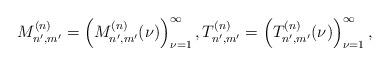
LaTeX: \begin{align*}M_{n',m'}^{(n)} = \left( M_{n',m'}^{(n)}( \nu ) \right)_{\nu=1}^\infty, T_{n',m'}^{(n)} = \left( T_{n',m'}^{(n)}( \nu ) \right)_{\nu=1}^\infty,\end{align*}